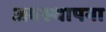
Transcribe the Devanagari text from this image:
अवस्‍थापना